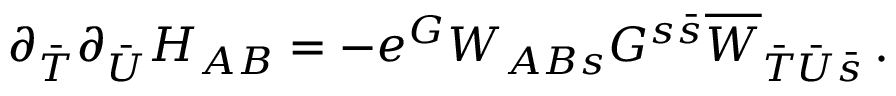
\partial _ { \bar { T } } \partial _ { \bar { U } } H _ { A B } = - e ^ { G } W _ { A B s } G ^ { s { \bar { s } } } \overline { { { W } } } _ { { \bar { T } } { \bar { U } } { \bar { s } } } \, .